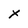
Character: X